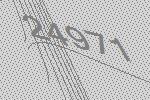
24971